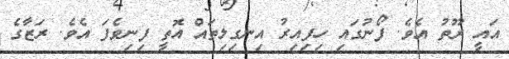
އައީ ރޫތު އެވެ. ފޯނުގައި ހިފިއިރު އިނގިލިތައް އޮތީ ފިނިވެފަ އެވެ. ރަޒާގެ